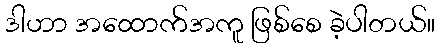
ဒါဟာ အထောက်အကူ ဖြစ်စေ ခဲ့ပါတယ်။